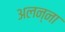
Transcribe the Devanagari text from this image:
अलन्ना